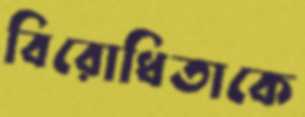
বিরোধিতাকে